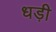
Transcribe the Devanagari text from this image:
धड़ी